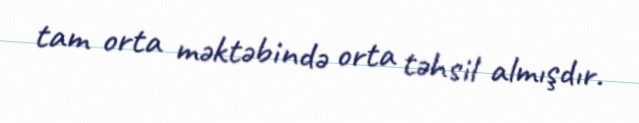
tam orta məktəbində orta təhsil almışdır.